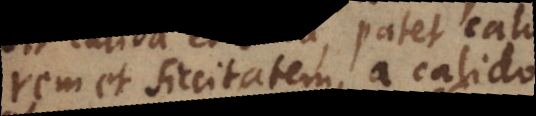
calorem et siccitatem, a calido